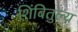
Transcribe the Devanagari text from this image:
शिंबितुल्य